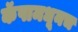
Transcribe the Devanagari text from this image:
कॅपामधूनच